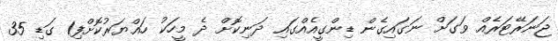
ޖަނަރޭޓަރެއް ވަގަށް ނަގައިގެން ޑިންގީއެއްގައި ދަނިކޮށް ދެ މީހަކު ހައްޔަރުކޮށްފި1 ގަޑި 35